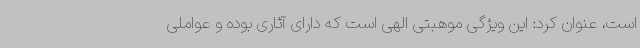
است، عنوان کرد: این ویژگی موهبتی الهی است که دارای آثاری بوده و عواملی